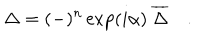
\Delta = ( - ) ^ { n } \exp ( i \alpha ) \ { \overline { { { \Delta } } } } \quad .